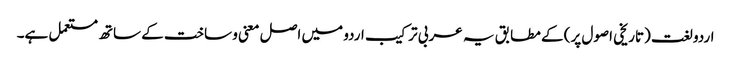
اردو لغت (تاریخی اصول پر) کے مطابق یہ عربی ترکیب اردو میں اصل معنی و ساخت کے ساتھ مستعمل ہے۔